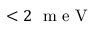
< 2 \; \mathrm { ~ m ~ e ~ V ~ }